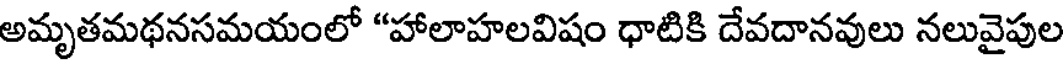
అమృతమథనసమయంలో "హాలాహలవిషం ధాటికి దేవదానవులు నలువైపుల